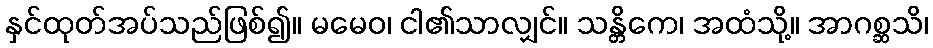
နှင်ထုတ်အပ်သည်ဖြစ်၍။ မမေဝ၊ ငါ၏သာလျှင်။ သန္တိကေ၊ အထံသို့။ အာဂစ္ဆသိ၊